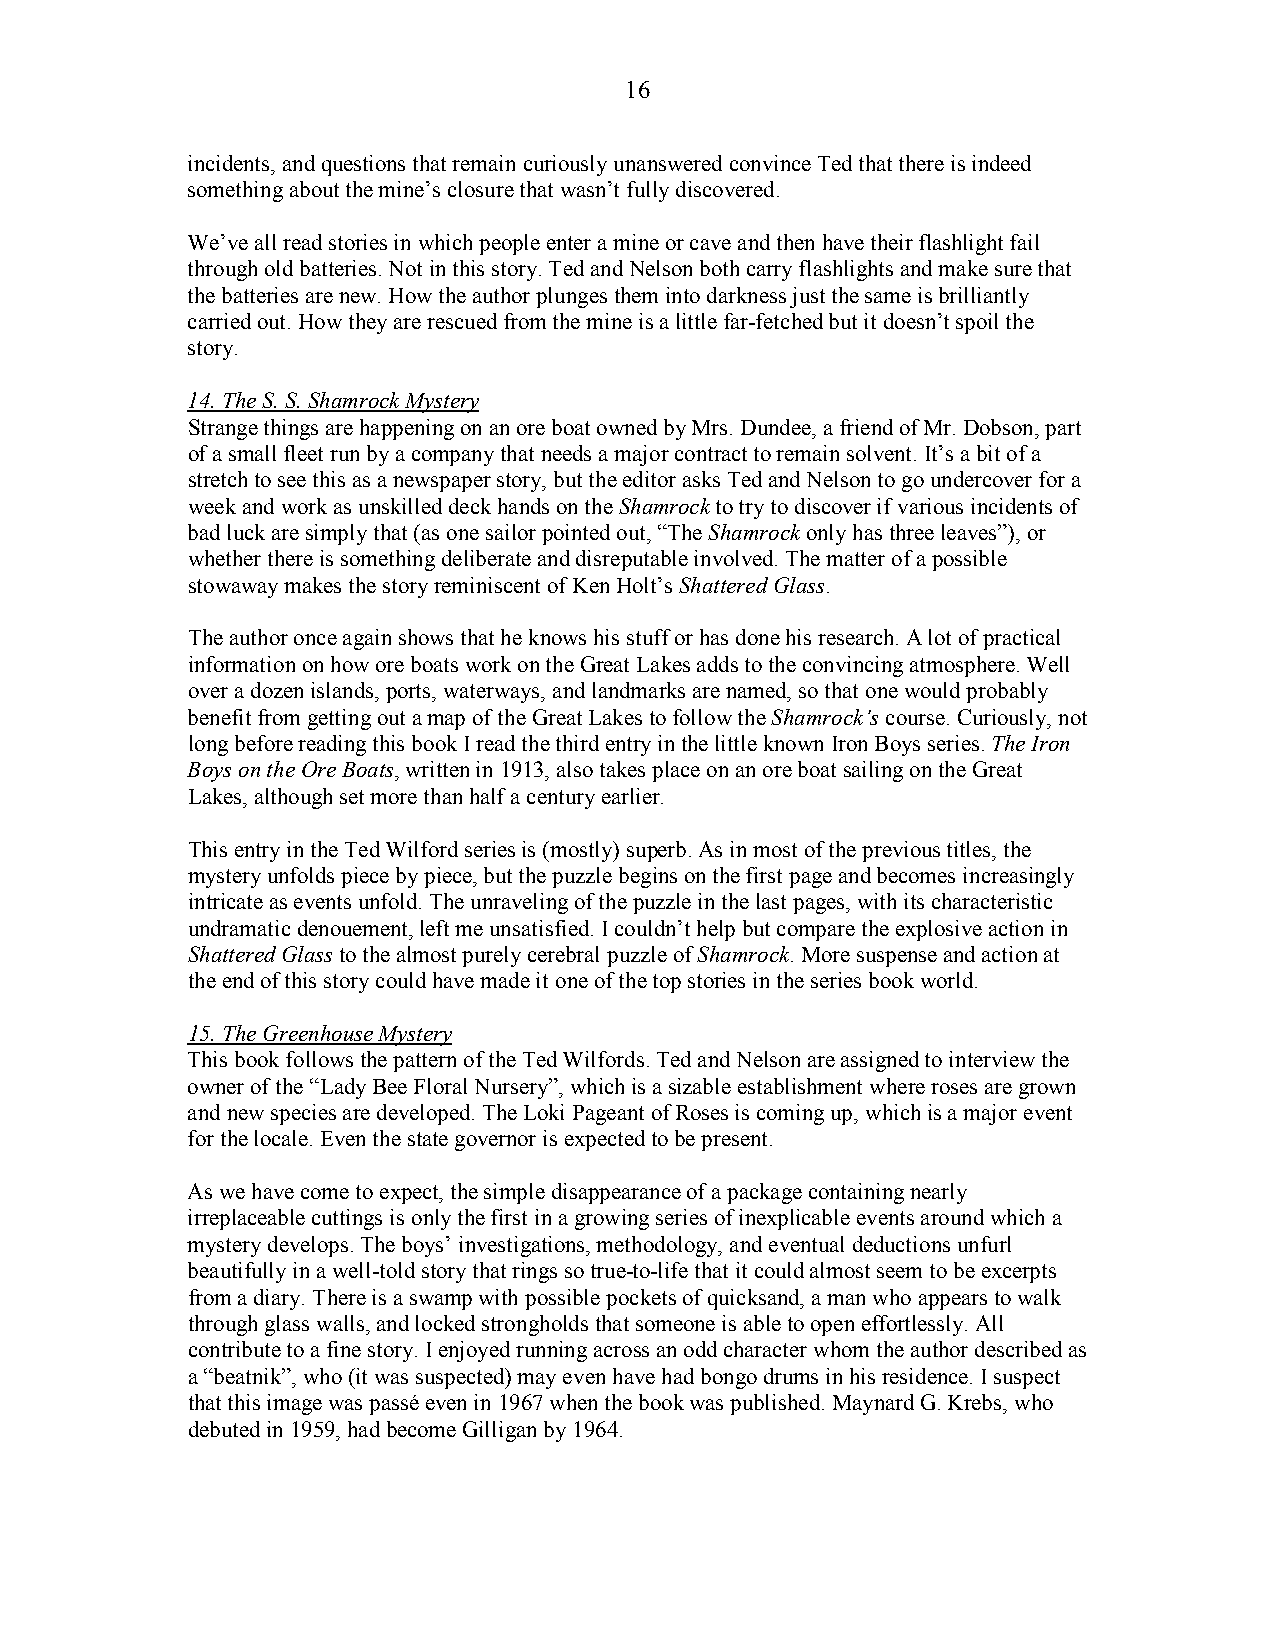
16
 incidents, and questions that remain curiously unanswered convince Ted that there is indeed
 something about the mine’s closure that wasn’t fully discovered.
 We’ve all read stories in which people enter a mine or cave and then have their flashlight fail
 through old batteries. Not in this story. Ted and Nelson both carry flashlights and make sure that
 the batteries are new. How the author plunges them into darkness just the same is brilliantly
 carried out. How they are rescued from the mine is a little far-fetched but it doesn’t spoil the
 story.
 14. The S. S. Shamrock Mystery
 Strange things are happening on an ore boat owned by Mrs. Dundee, a friend of Mr. Dobson, part
 of a small fleet run by a company that needs a major contract to remain solvent. It’s a bit of a
 stretch to see this as a newspaper story, but the editor asks Ted and Nelson to go undercover for a
 week and work as unskilled deck hands on the Shamrock to try to discover if various incidents of
 bad luck are simply that (as one sailor pointed out, “The Shamrock only has three leaves”), or
 whether there is something deliberate and disreputable involved. The matter of a possible
 stowaway makes the story reminiscent of Ken Holt’s Shattered Glass.
 The author once again shows that he knows his stuff or has done his research. A lot of practical
 information on how ore boats work on the Great Lakes adds to the convincing atmosphere. Well
 over a dozen islands, ports, waterways, and landmarks are named, so that one would probably
 benefit from getting out a map of the Great Lakes to follow the Shamrock’s course. Curiously, not
 long before reading this book I read the third entry in the little known Iron Boys series. The Iron
 Boys on the Ore Boats, written in 1913, also takes place on an ore boat sailing on the Great
 Lakes, although set more than half a century earlier.
 This entry in the Ted Wilford series is (mostly) superb. As in most of the previous titles, the
 mystery unfolds piece by piece, but the puzzle begins on the first page and becomes increasingly
 intricate as events unfold. The unraveling of the puzzle in the last pages, with its characteristic
 undramatic denouement, left me unsatisfied. I couldn’t help but compare the explosive action in
 Shattered Glass to the almost purely cerebral puzzle of Shamrock. More suspense and action at
 the end of this story could have made it one of the top stories in the series book world.
 15. The Greenhouse Mystery
 This book follows the pattern of the Ted Wilfords. Ted and Nelson are assigned to interview the
 owner of the “Lady Bee Floral Nursery”, which is a sizable establishment where roses are grown
 and new species are developed. The Loki Pageant of Roses is coming up, which is a major event
 for the locale. Even the state governor is expected to be present.
 As we have come to expect, the simple disappearance of a package containing nearly
 irreplaceable cuttings is only the first in a growing series of inexplicable events around which a
 mystery develops. The boys’ investigations, methodology, and eventual deductions unfurl
 beautifully in a well-told story that rings so true-to-life that it could almost seem to be excerpts
 from a diary. There is a swamp with possible pockets of quicksand, a man who appears to walk
 through glass walls, and locked strongholds that someone is able to open effortlessly. All
 contribute to a fine story. I enjoyed running across an odd character whom the author described as
 a “beatnik”, who (it was suspected) may even have had bongo drums in his residence. I suspect
 that this image was passé even in 1967 when the book was published. Maynard G. Krebs, who
 debuted in 1959, had become Gilligan by 1964.